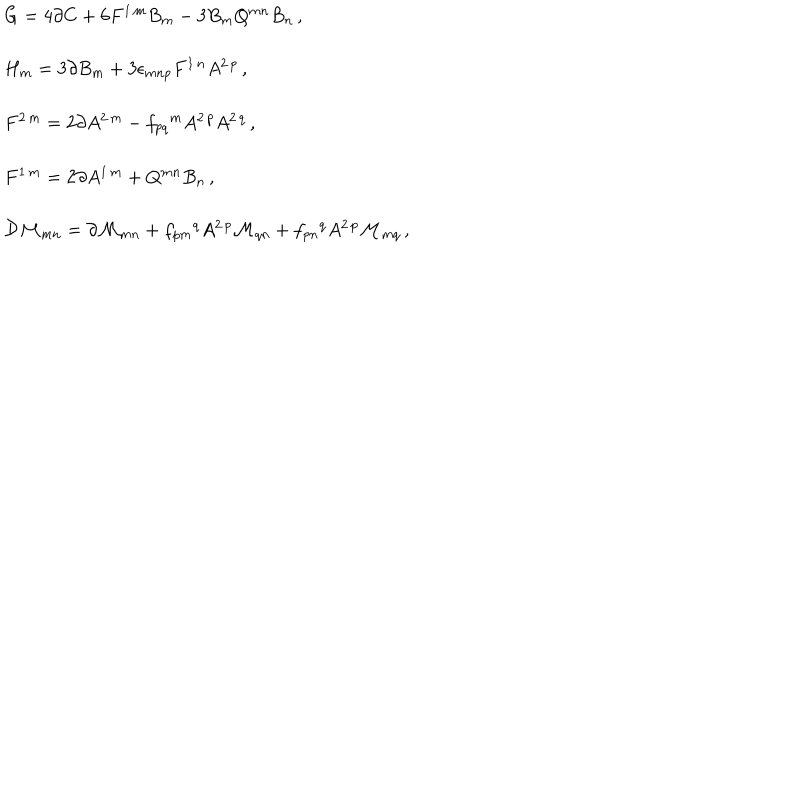
LaTeX: \begin{array} { r c l } { { } } & { { } } & { { G = 4 \partial C + 6 F ^ { 1 \, m } B _ { m } - 3 B _ { m } Q ^ { m n } B _ { n } \, , } } \\ { { } } & { { } } & { { } } \\ { { } } & { { } } & { { H _ { m } = 3 \partial B _ { m } + 3 \epsilon _ { m n p } F ^ { 1 \, n } A ^ { 2 \, p } \, , } } \\ { { } } & { { } } & { { } } \\ { { } } & { { } } & { { F ^ { 2 \, m } = 2 \partial A ^ { 2 \, m } - f _ { p q } { } ^ { m } A ^ { 2 \, p } A ^ { 2 \, q } \, , } } \\ { { } } & { { } } & { { } } \\ { { } } & { { } } & { { F ^ { 1 \, m } = 2 \partial A ^ { 1 \, m } + Q ^ { m n } B _ { n } \, , } } \\ { { } } & { { } } & { { } } \\ { { } } & { { } } & { { { \cal D } { \cal M } _ { m n } = \partial { \cal M } _ { m n } + f _ { p m } { } ^ { q } A ^ { 2 \, p } { \cal M } _ { q n } + f _ { p n } { } ^ { q } A ^ { 2 \, p } { \cal M } _ { m q } \, , } } \\ \end{array}